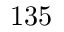
1 3 5